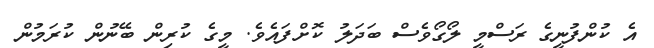
އެ ކުންފުނީގެ ރަސްމީ ލޯގޯވެސް ބަދަލު ކޮށްފައެވެ. މީގެ ކުރިން ބޭނުން ކުރަމުން